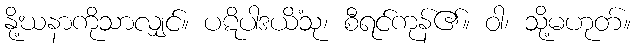
နို့ဃနာကိုသာလျှင်။ ပဋိပါဒယိံသု၊ စီရင်ကုန်၏။ ဝါ၊ သို့မဟုတ်။